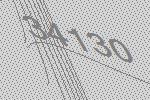
34130